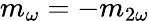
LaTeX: m_{\omega}=-m_{2\omega}